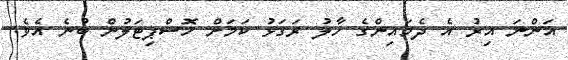
އަންނަ އިރު އެ ދެމައިންގެ ހާލު ރަގަޅު ކަމަށް ހޮސްޕިޓަލުން ބުނެ އެވެ.